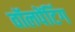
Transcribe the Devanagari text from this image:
वॉलपेंटिंग